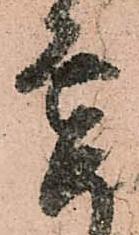
要